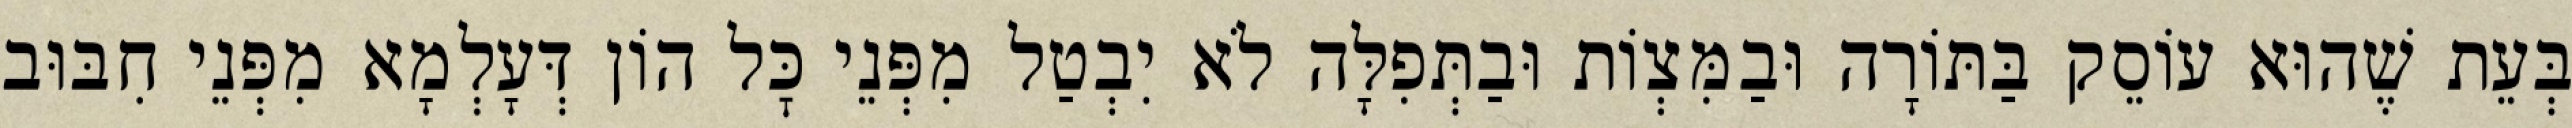
בְּעֵת שֶׁהוּא עוֹסֵק בַּתּוֹרָה וּבַמִּצְוֹת וּבַתְּפִלָּה לֹא יִבְטַל מִפְּנֵי כׇּל הוֹן דְּעָלְמָא מִפְּנֵי חִבּוּב